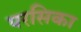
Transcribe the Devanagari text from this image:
परसिका